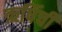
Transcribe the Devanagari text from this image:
ऋषिंची